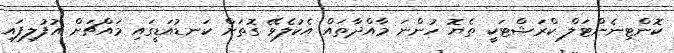
ކޮންޓިނެންޓަލް ކްރަޝްޓަކީ ތެޔޮ ހުންނަ މާއްދާތައް އެކުލެވޭ ގޮތަށް ކަނޑުއަޑީގައި މައްޗަށް އުފުލިފައި